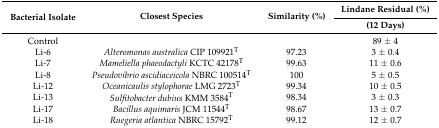
<table><thead><tr><td rowspan="2"><b>Bacterial Isolate</b></td><td rowspan="2"><b>Closest Species</b></td><td rowspan="2"><b>Similarity (%)</b></td><td><b>Lindane Residual (%)</b></td></tr><tr><td><b>(12 Days)</b></td></tr></thead><tbody><tr><td>Control</td><td></td><td></td><td>89 ± 4</td></tr><tr><td>Li-6</td><td><i>Alteromonas australica </i>CIP 109921<sup>T</sup></td><td>97.23</td><td>3 ± 0.4</td></tr><tr><td>Li-7</td><td><i>Mameliella phaeodactyli </i>KCTC 42178<sup>T</sup></td><td>99.63</td><td>11 ± 0.6</td></tr><tr><td>Li-8</td><td><i>Pseudovibrio ascidiaceicola </i>NBRC 100514<sup>T</sup></td><td>100</td><td>5 ± 0.5</td></tr><tr><td>Li-12</td><td><i>Oceanicaulis stylophorae </i>LMG 2723<sup>T</sup></td><td>99.34</td><td>10 ± 0.5</td></tr><tr><td>Li-13</td><td><i>Sulfitobacter dubius </i>KMM 3584<sup>T</sup></td><td>98.34</td><td>3 ± 0.3</td></tr><tr><td>Li-17</td><td><i>Bacillus aquimaris </i>JCM 11544<sup>T</sup></td><td>98.67</td><td>13 ± 0.7</td></tr><tr><td>Li-18</td><td><i>Ruegeria atlantica </i>NBRC 15792<sup>T</sup></td><td>99.12</td><td>12 ± 0.7</td></tr></tbody></table>